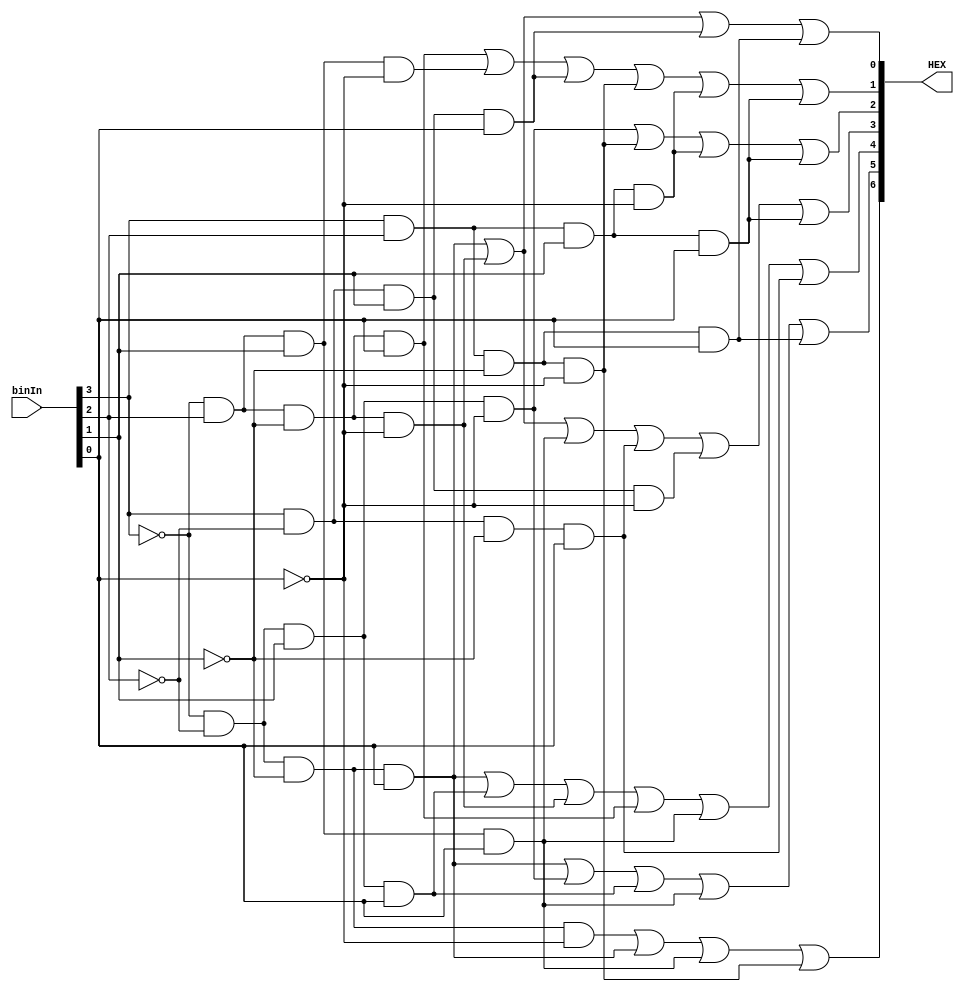
`timescale 1ns / 1ns

module hexDecoder(input [3:0]binIn, output [6:0]HEX);

	wire [0:3]c = binIn;
	
	assign HEX[0] = ((~c[0] & ~c[1] & ~c[2] & c[3]) | (~c[0] & c[1] & ~c[2] & ~c[3]) | (c[0] & ~c[1] & c[2] & c[3]) | (c[0] & c[1] & ~c[2] & c[3]));
	assign HEX[1] = ((~c[0] & c[1] & ~c[2] & c[3]) | (~c[0] & c[1] & c[2] & ~c[3]) | (c[0] & ~c[1] & c[2] & c[3]) | (c[0] & c[1] & ~c[2] & ~c[3])| (c[0] & c[1] & c[2] & ~c[3]) | (c[0] & c[1] & c[2] & c[3]));
	assign HEX[2] = ((~c[0] & ~c[1] & c[2] & ~c[3]) | (c[0] & c[1] & ~c[2] & ~c[3]) | (c[0] & c[1] & c[2] & ~c[3]) | (c[0] & c[1] & c[2] & c[3]));
	assign HEX[3] = ((~c[0] & ~c[1] & ~c[2] & c[3]) | (~c[0] & c[1] & ~c[2] & ~c[3]) | (~c[0] & c[1] & c[2] & c[3]) | (c[0] & ~c[1] & ~c[2] & c[3])| (c[0] & ~c[1] & c[2] & ~c[3]) | (c[0] & c[1] & c[2] & c[3]));
	assign HEX[4] = ((~c[0] & ~c[1] & ~c[2] & c[3]) | (~c[0] & ~c[1] & c[2] & c[3]) | (~c[0] & c[1] & ~c[2] & ~c[3]) | (~c[0] & c[1] & ~c[2] & c[3])| (~c[0] & c[1] & c[2] & c[3]) | (c[0] & ~c[1] & ~c[2] & c[3]));
	assign HEX[5] = ((~c[0] & ~c[1] & ~c[2] & c[3]) | (~c[0] & ~c[1] & c[2] & ~c[3]) | (~c[0] & ~c[1] & c[2] & c[3]) | (~c[0] & c[1] & c[2] & c[3])| (c[0] & c[1] & ~c[2] & c[3]));
	assign HEX[6] = ((~c[0] & ~c[1] & ~c[2] & ~c[3]) | (~c[0] & ~c[1] & ~c[2] & c[3]) | (~c[0] & c[1] & c[2] & c[3]) | (c[0] & c[1] & ~c[2] & ~c[3]));
	
endmodule